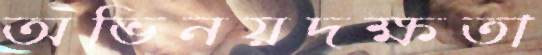
অভিনয়দক্ষতা